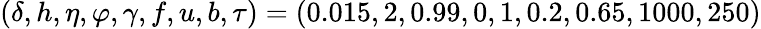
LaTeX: (\delta,h,\eta,\varphi,\gamma,f,u,b,\tau)=(0.015,2,0.99,0,1,0.2,0.65,1000,250)